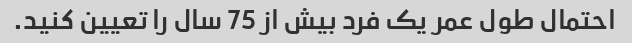
احتمال طول عمر یک فرد بیش از 75 سال را تعیین کنید.